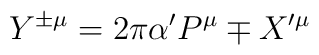
Y^{\pm\mu} = 2\pi\alpha' P^\mu \mp X'^\mu